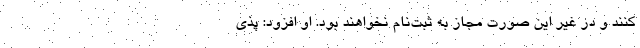
کنند و در غیر این صورت مجاز به ثبت‌نام نخواهند بود. او افزود: پذی